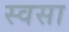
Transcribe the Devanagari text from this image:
स्वसा